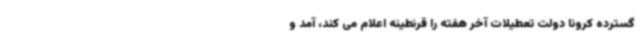
گسترده کرونا دولت تعطیلات آخر هفته را قرنطینه اعلام می کند، آمد و